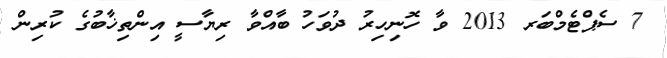
7 ސެޕްޓެމްބަރ 2013 ވާ ހޮނިހިރު ދުވަހު ބާއްވާ ރިޔާސީ އިންތިޚާބުގެ ކުރިން